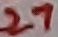
Text: 27